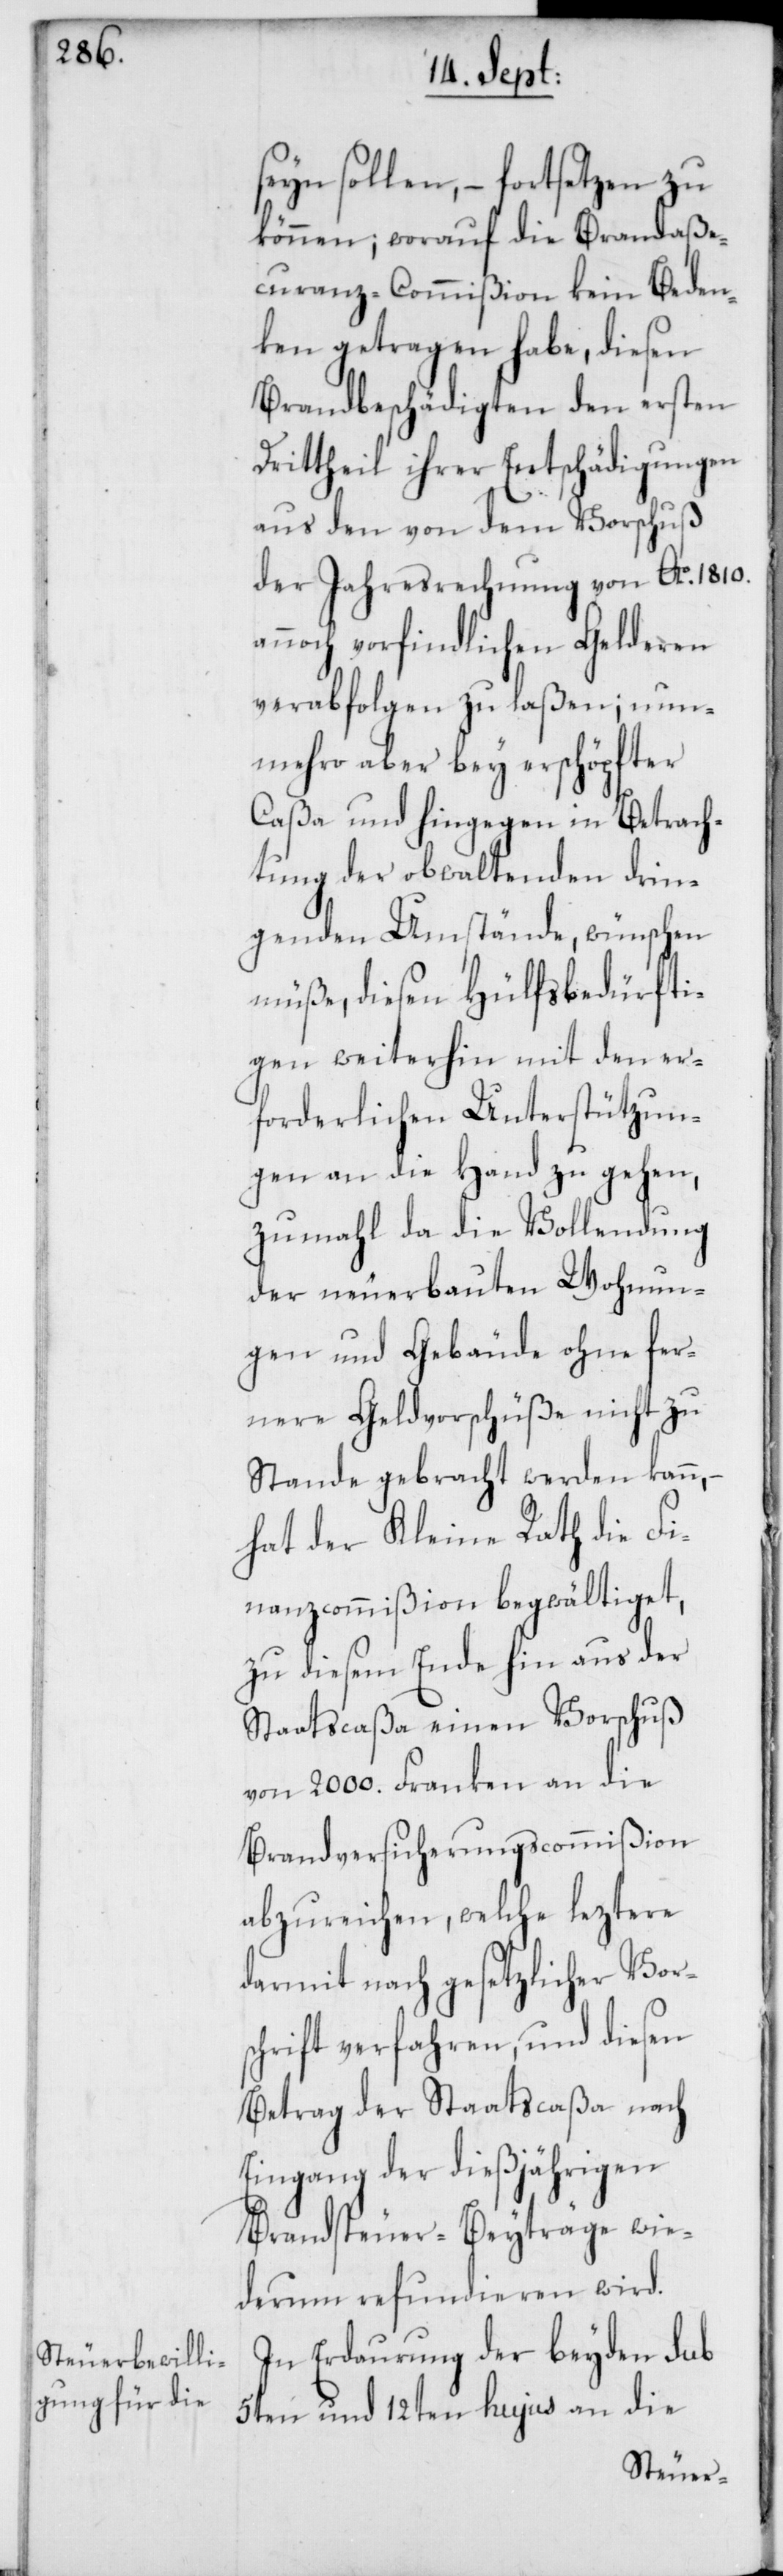
seyn sollen, – fortsetzen zu
können, worauf die Brandaße¬
kuranz-Commißion kein Beden¬
ken getragen habe, diesen
Brandbeschädigten den ersten
Drittheil ihrer Entschädigungen
aus den von dem Vorschuß
der Jahresrechnung von Ao. 1810.
annoch vorfindlichen Gelderen
verabfolgen zu laßen; nun¬
mehro aber bey erschöpfter
Caßa und hingegen in Betrach¬
tung der obwaltenden drin¬
genden Umstände, wünschen
müße, diesen Hülfsbedürfti¬
gen weiterhin mit den er¬
forderlichen Unterstützun¬
gen an die Hand zu gehen,
zumahl da die Vollendung
der neuerbauten Wohnun¬
gen und Gebäude ohne fer¬
nere Geldvorschüße nicht zu
Stande gebracht werden kann,
hat der Kleine Rath die Fi¬
nanzcommißion begwältiget,
zu diesem Ende hin aus der
Staatscaßa einen Vorschuß
von 2000. Franken an die
Brandversicherungscommißion
abzureichen, welche leztere
darmit nach gesetzlicher Vors¬
chrift verfahren, und diesen
Betrag der Staatscaßa nach
Eingang der dießjährigen
Brandsteuer-Beyträge wie¬
derum refundieren wird.
In Erdaurung der beyden sub
5ten und 12ten hujus an die